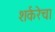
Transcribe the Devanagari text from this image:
शर्करेचा